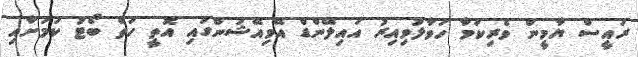
ރައީސް ޔާމީން ވެރިކަމާ ހަވާލުވިއިރު އައިލޭންޑް އޭވިއޭޝަންގައި އޮތީ ހަތް ބޯޓު ކަމަށާއި